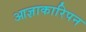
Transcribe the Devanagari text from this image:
आज्ञाकारिपन